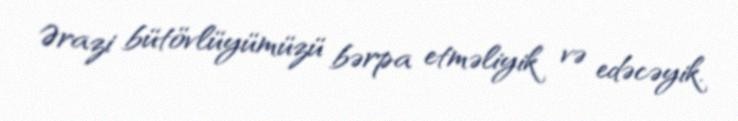
Ərazi bütövlüyümüzü bərpa etməliyik və edəcəyik.